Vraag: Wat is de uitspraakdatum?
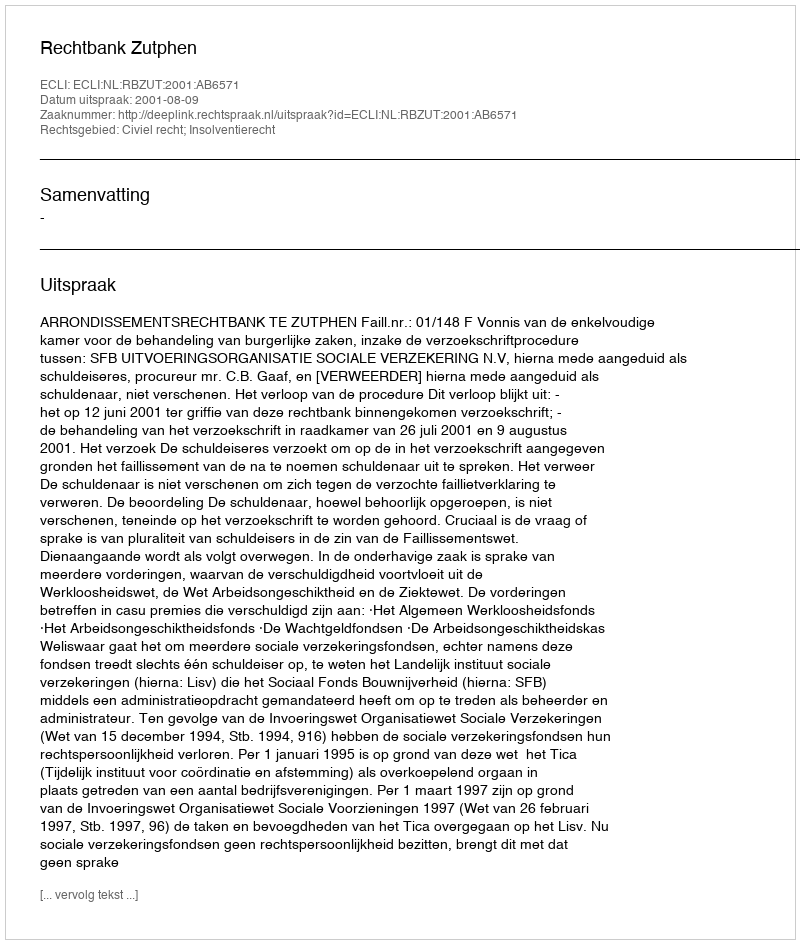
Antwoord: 2001-08-09